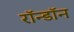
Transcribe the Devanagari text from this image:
रॉन्डॉन